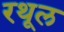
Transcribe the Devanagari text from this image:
रथूल